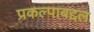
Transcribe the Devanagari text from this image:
प्रकल्पाबद्दल